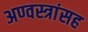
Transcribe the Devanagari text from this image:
अण्वस्त्रांसह